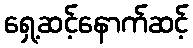
ရှေ့ဆင့်နောက်ဆင့်